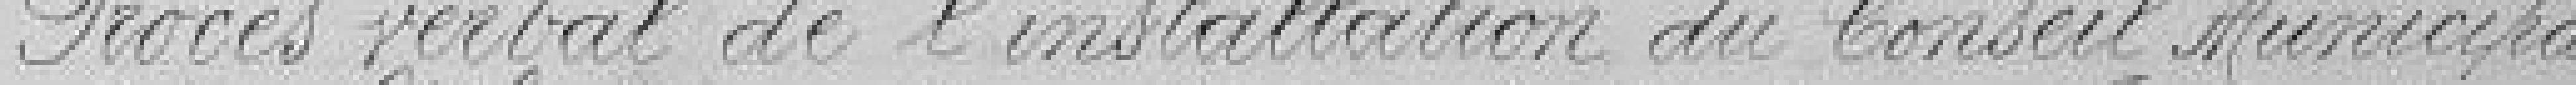
Procès verbal de l'installation du Conseil Municipal